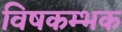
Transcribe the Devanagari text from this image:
विषकम्भक